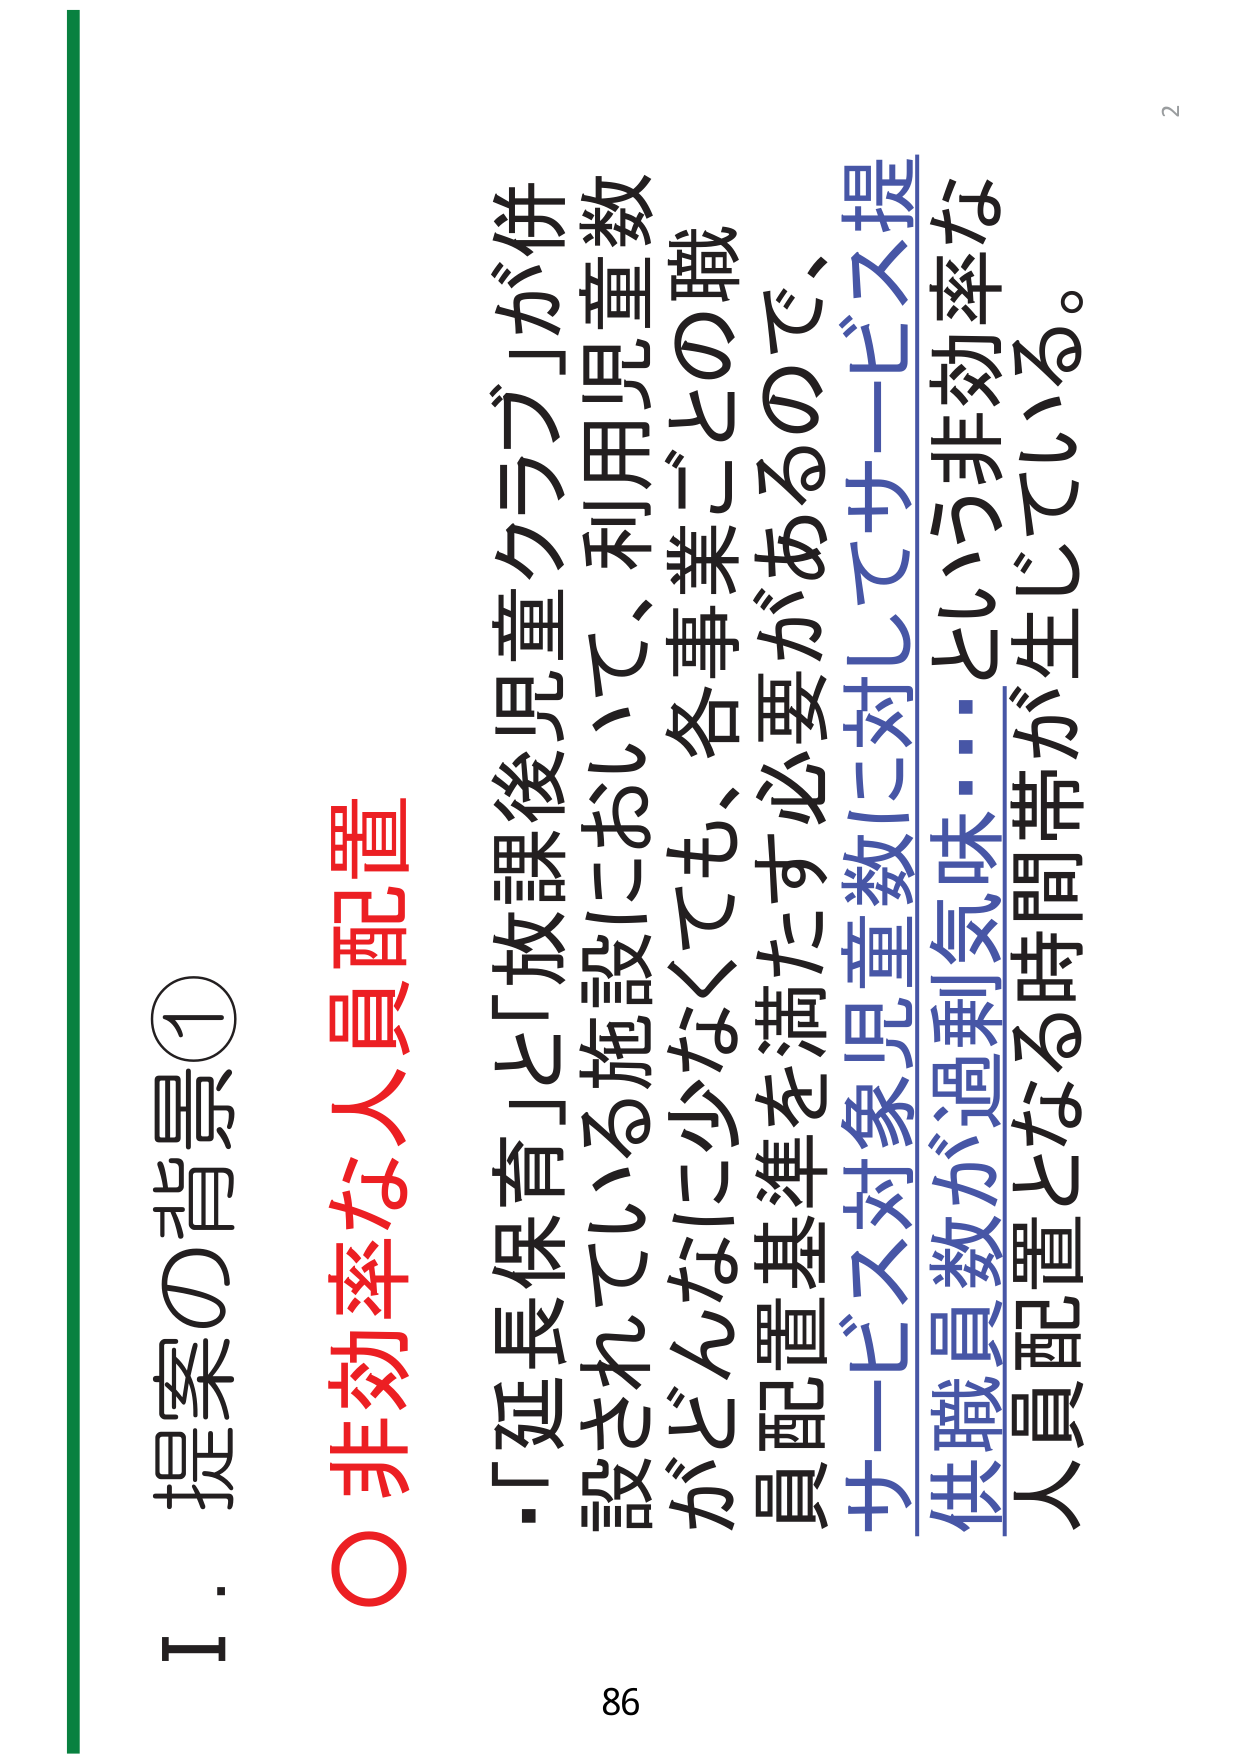
2
I．提案の背景①
○非効率な人員配置
・「延長保育」と「放課後児童クラブ」が併
設されている施設において、利用児童数
がどんなに少なくても、各事業ごとの職
員配置基準を満たす必要があるので、
サービス対象児童数に対してサービス提
供職員数が過剰気味・・・という非効率な
人員配置となる時間帯が生じている。
86